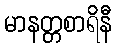
မာနတ္တစာရိနီ